画像に写った文字を読んでください
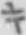
「キ」と書いてあります